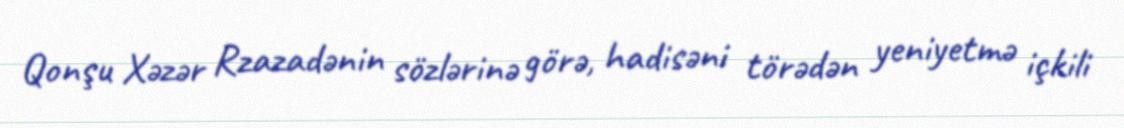
Qonşu Xəzər Rzazadənin sözlərinə görə, hadisəni törədən yeniyetmə içkili